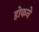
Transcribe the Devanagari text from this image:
होकने